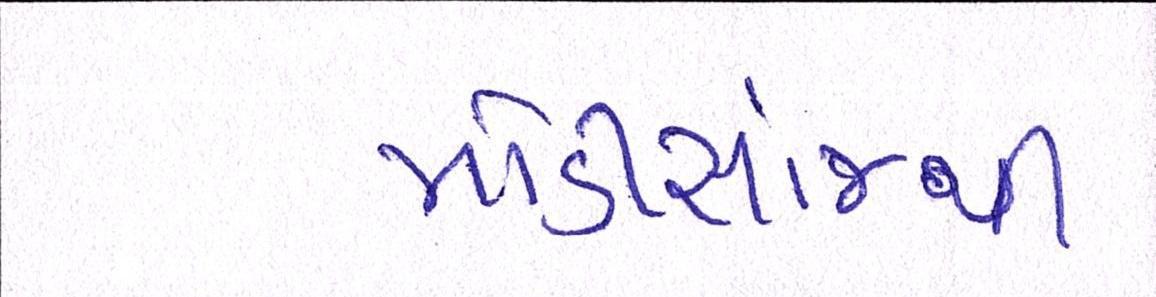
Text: મોડીસાંજથી